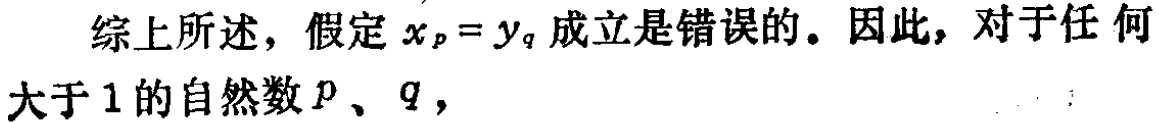
综上所述，假定\(x_p = y_q\)成立是错误的。因此，对于任何大于\(1\)的自然数\(p\)、\(q\)，